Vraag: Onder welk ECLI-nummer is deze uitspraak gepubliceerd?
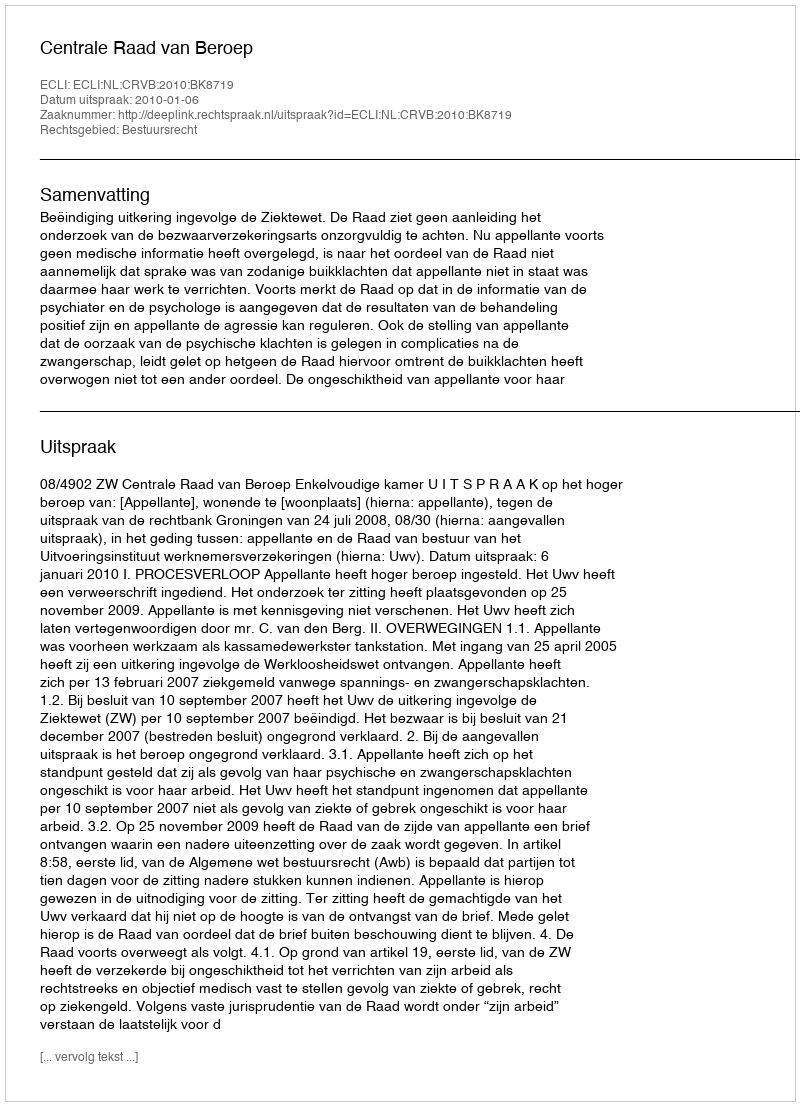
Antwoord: ECLI:NL:CRVB:2010:BK8719